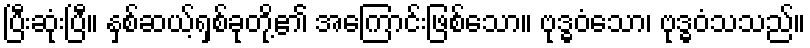
ပြီးဆုံးပြီ။ နှစ်ဆယ့်ရှစ်ခုတို့၏ အကြောင်းဖြစ်သော။ ဗုဒ္ဓဝံသော၊ ဗုဒ္ဓဝံသသည်။